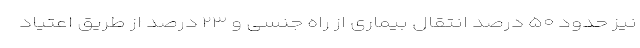
نیز حدود ۵۰ درصد انتقال بیماری از راه جنسی و ۲۳ درصد از طریق اعتیاد